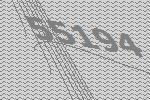
55194